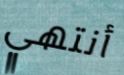
أنتهي